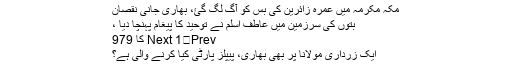
مکہ مکرمہ میں عمرہ زائرین کی بس کو آگ لگ گئ، بھاری جانی نقصان
بتوں کی سرزمین میں عاطف اسلم نے توحید کا پیغام پہنچا دیا ،
Prev	Next 1 کا 979
ایک زرداری مولانا پر بھی بھاری، پیپلز پارٹی کیا کرنے والی ہے؟